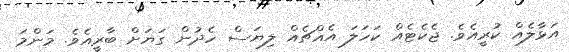
އަޅާލެއް ކުރީއެވެ. ޖެކެޓެއް ކަހަލަ އެއްޗެއް ލިޔަސް ހެދުން ގަޔަށް ބާރީއެވެ. މަންމަ